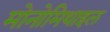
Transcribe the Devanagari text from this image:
मोनोमिथाइल